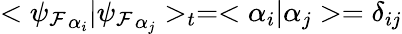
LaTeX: <{\psi_{\mathcal{F}}}_{\alpha_{i}}|{\psi_{\mathcal{F}}}_{\alpha_{j}}>_{t}=<\alpha_{i}|\alpha_{j}>=\delta_{ij}